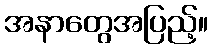
အနာတွေအပြည့်။